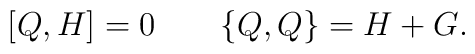
[Q,H] = 0 \qquad \{Q,Q\} = H + G.